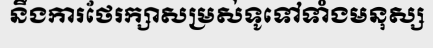
នឹងការថែរក្សាសម្រស់ទូទៅទាំងមនុស្ស